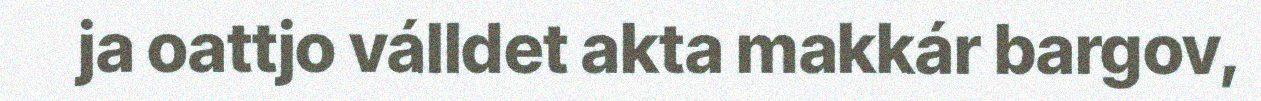
ja oattjo válldet akta makkár bargov,